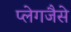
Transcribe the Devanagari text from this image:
प्लेगजैसे